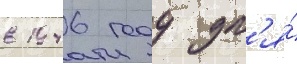
в 1946 году дл'я́